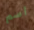
اسم